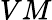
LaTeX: VM